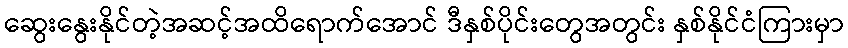
ဆွေးနွေးနိုင်တဲ့အဆင့်အထိရောက်အောင် ဒီနှစ်ပိုင်းတွေအတွင်း နှစ်နိုင်ငံကြားမှာ